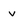
Character: v